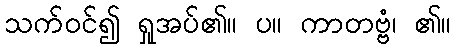
သက်ဝင်၍ ရှုအပ်၏။ ပ။ ကာတဗ္ဗံ၊ ၏။